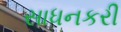
સાધનકરી